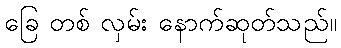
ခြေ တစ် လှမ်း နောက်ဆုတ်သည်။